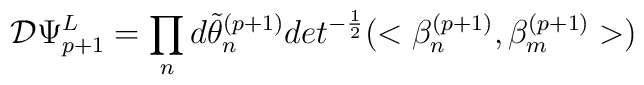
{\cal D} \Psi^{L}_{p+1} = \prod_{n} d\tilde{\theta}^{(p+1)}_{n} det^{-{1 \over2}}(< \beta^{(p+1)}_{n}, \beta_{m}^{(p+1)}>)